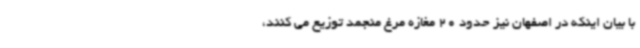
با بیان اینکه در اصفهان نیز حدود 20 مغازه مرغ منجمد توزیع می کنند،